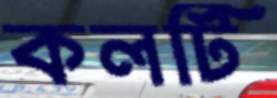
কলটি